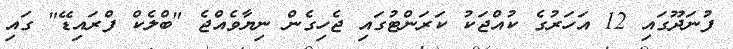
ފުނަދޫގައި 12 އަހަރުގެ ކުއްޖަކު ކަރަންޓުގައި ޖެހިގެން ނިޔާވެއްޖެ "ބްލެކް ފްރައިޑޭ" ގައި